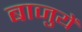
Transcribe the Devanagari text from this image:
बाजुयें